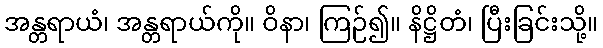
အန္တရာယံ၊ အန္တရာယ်ကို။ ဝိနာ၊ ကြဉ်၍။ နိဋ္ဌိတံ၊ ပြီးခြင်းသို့။